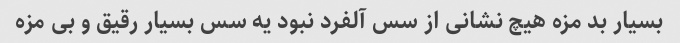
بسیار بد مزه هیچ نشانی از سس آلفرد نبود یه سس بسیار رقیق و بی مزه